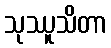
သုဿူသိတာ